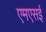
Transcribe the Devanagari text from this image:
एमएसई